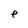
Character: e